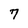
Character: 7